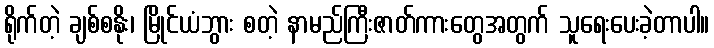
ရိုက်တဲ့ ချစ်စနိုး၊ မြိုင်ယံဘွား စတဲ့ နာမည်ကြီးဇာတ်ကားတွေအတွက် သူရေးပေးခဲ့တာပါ။